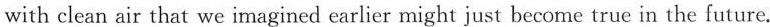
with clean air that we imagined earlier might just become true in the future.